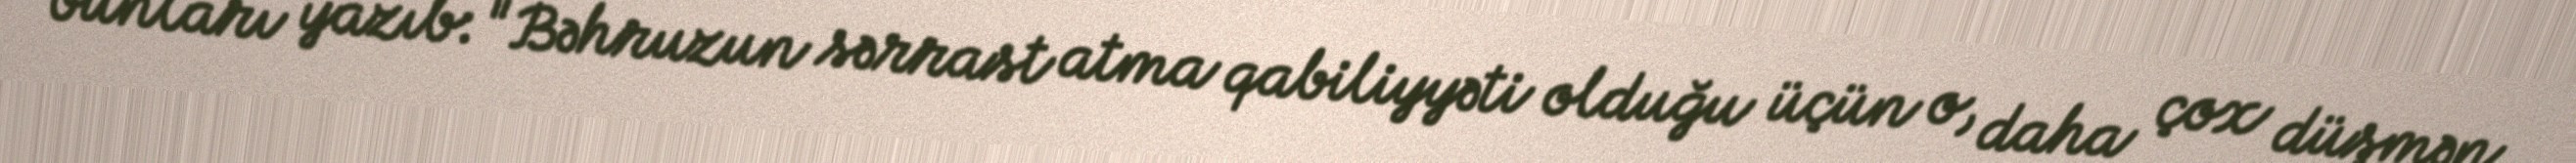
bunları yazıb: "Bəhruzun sərrast atma qabiliyyəti olduğu üçün o, daha çox düşmən